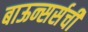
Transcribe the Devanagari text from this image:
बाऊन्सर्सची